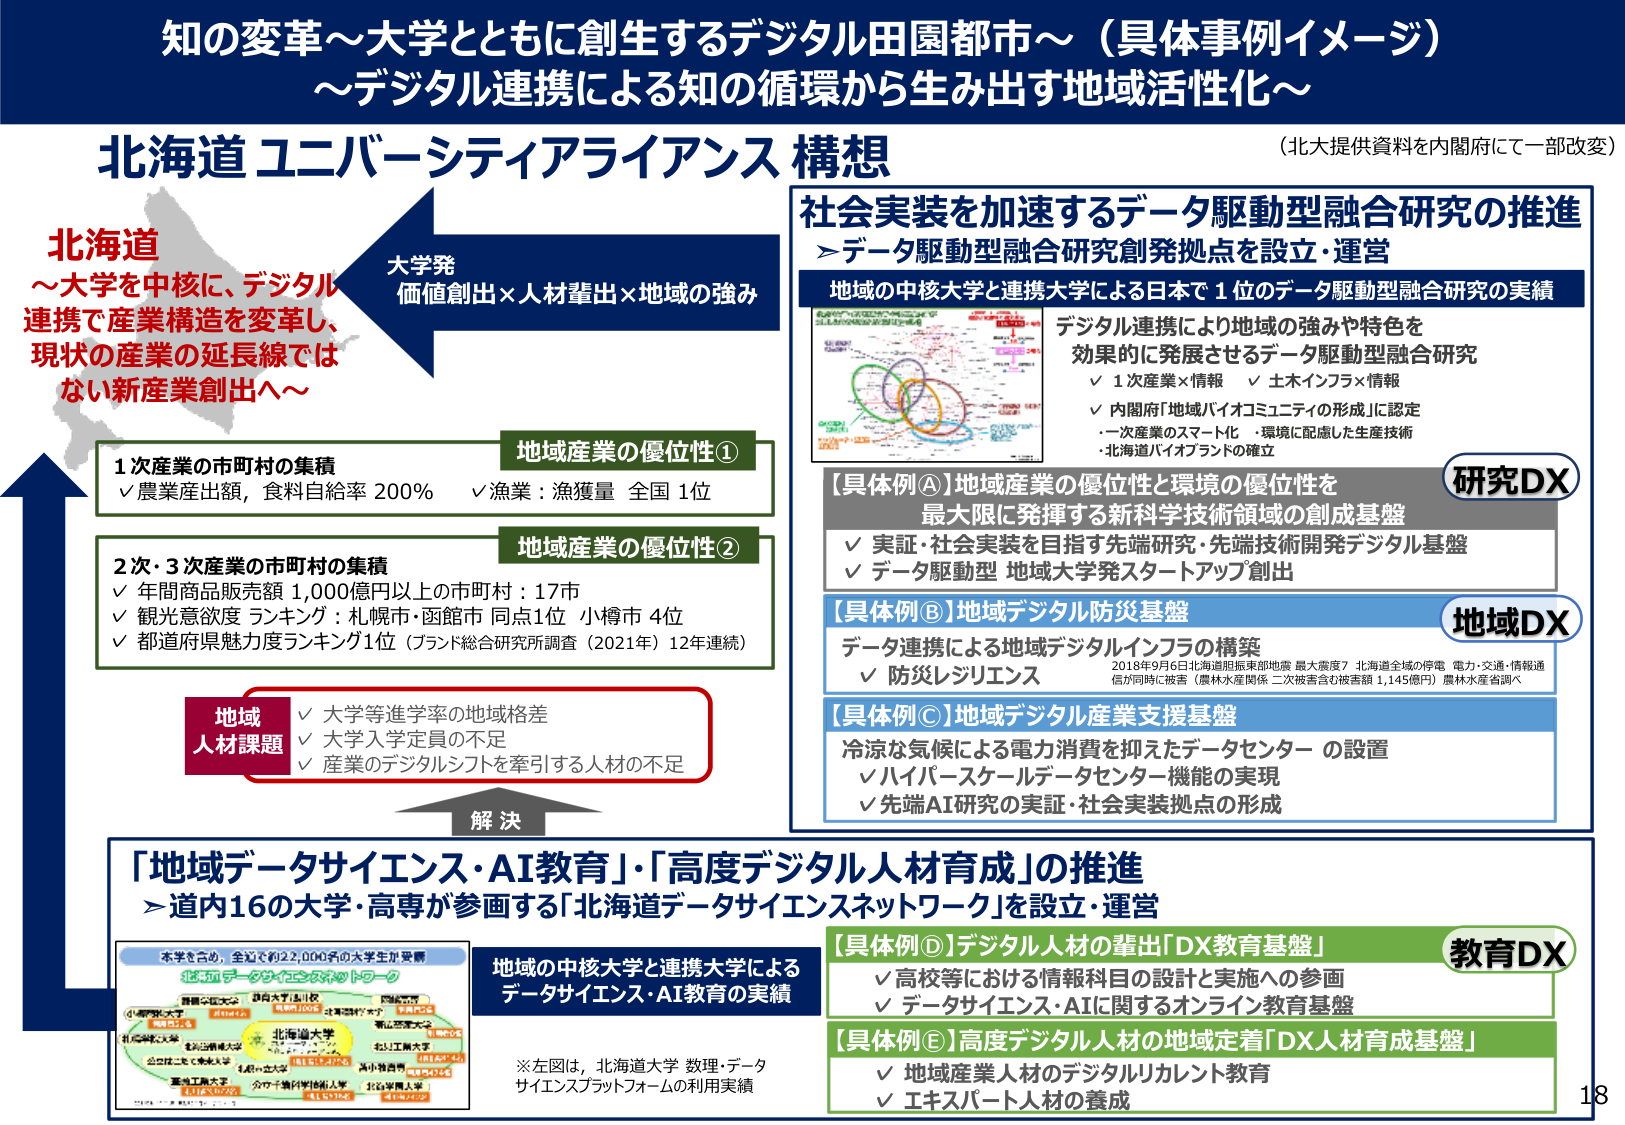
知の変革～大学とともに創生するデジタル田園都市～（具体事例イメージ）
～デジタル連携による知の循環から生み出す地域活性化～

北海道ユニバーシティアライアンス構想
（北大提供資料を内閣府にて一部改変）

北海道
～大学を中核に、デジタル連携で産業構造を変革し、
現状の産業の延長線ではない新産業創出へ～

大学発
価値創出×人材輩出×地域の強み

地域産業の優位性①
✓ 農業産出額，食料自給率 200%
✓ 漁業：漁獲量 全国 1位

地域産業の優位性②
✓ 年間商品販売額 1,000億円以上の市町村：17市
✓ 観光意欲度 ランキング：札幌市・函館市 同点1位 小樽市 4位
✓ 都道府県魅力度ランキング1位（ブランド総合研究所調査（2021年）12年連続）

地域人材課題
✓ 大学等進学率の地域格差
✓ 大学入学定員の不足
✓ 産業のデジタルシフトを牽引する人材の不足

解決

社会実装を加速するデータ駆動型融合研究の推進
＞データ駆動型融合研究創発拠点を設立・運営

地域の中核大学と連携大学による日本で1位のデータ駆動型融合研究の実績
デジタル連携により地域の強みや特色を効果的に発展させるデータ駆動型融合研究
✓ 1次産業×情報
✓ 土木インフラ×情報
✓ 内閣府「地域バイオコミュニティの形成」に認定
・一次産業のスマート化
・環境に配慮した生産技術
・北海道バイオブランドの確立

【具体例A】地域産業の優位性と環境の優位性を最大限に発揮する新科学技術領域の創成基盤
✓ 実証・社会実装を目指す先端研究・先端技術開発デジタル基盤
✓ データ駆動型 地域大学発スタートアップ創出
研究DX

【具体例B】地域デジタル防災基盤
データ連携による地域デジタルインフラの構築
✓ 防災レジリエンス
2018年9月6日北海道胆振東部地震 最大震度7 北海道全域の停電 電力・交通・情報通信が同時に被害（農林水産関係 二次被害含む被害額 1,145億円）農林水産省調べ
地域DX

【具体例C】地域デジタル産業支援基盤
冷涼な気候による電力消費を抑えたデータセンター の設置
✓ ハイパースケールデータセンター機能の実現
✓ 先端AI研究の実証・社会実装拠点の形成

「地域データサイエンス・AI教育」、「高度デジタル人材育成」の推進
＞道内16の大学・高専が参画する「北海道データサイエンスネットワーク」を設立・運営

本学を含め、全道で約22,000名の大学生が受講
北海道データサイエンスネットワーク
（図内に複数大学名が記載されているが、一部は読み取れない）
※左図は、北海道大学 数理・データサイエンスプラットフォームの利用実績

地域の中核大学と連携大学によるデータサイエンス・AI教育の実績

【具体例D】デジタル人材の輩出「DX教育基盤」
✓ 高校等における情報科目の設計と実施への参画
✓ データサイエンス・AIに関するオンライン教育基盤
教育DX

【具体例E】高度デジタル人材の地域定着「DX人材育成基盤」
✓ 地域産業人材のデジタルリカレント教育
✓ エキスパート人材の養成

18